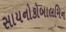
સાયનોકોબાલમિન